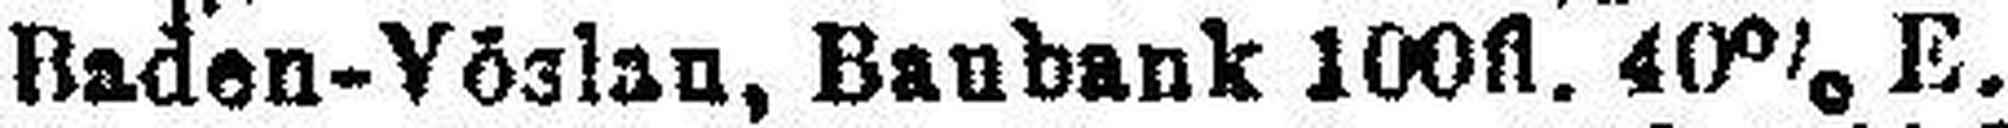
Baden-Vöslan, Baubank 100fl. 40% E.